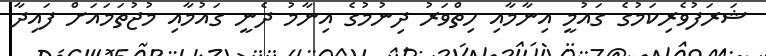
ޝަރަފުވެރިކަމުގެ ގައުމީ އިނާމާއި ހިތްވަރު ދިނުމުގެ އިނާމު ދެނީ ގައުމާއި މުޖުތަމައަށް ފައިދާ